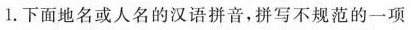
1.下面地名或人名的汉语拼音，拼写不规范的一项